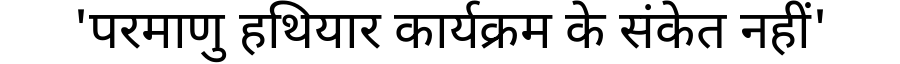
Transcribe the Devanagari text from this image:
'परमाणु हथियार कार्यक्रम के संकेत नहीं'